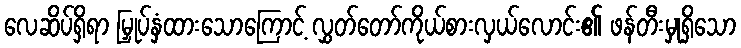
လေဆိပ်ရှိရာ မြှုပ်နှံထားသောကြောင့် လွှတ်တော်ကိုယ်စားလှယ်လောင်း၏ ဖန်တီးမှုရှိသော